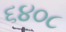
૬૪૦૮